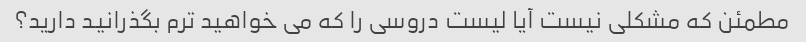
مطمئن که مشکلی نیست آیا لیست دروسی را که می خواهید ترم بگذرانید دارید؟